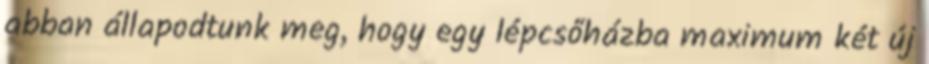
abban állapodtunk meg, hogy egy lépcsőházba maximum két új